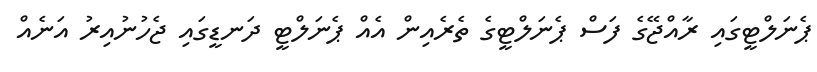
ޕެނަލްޓީގައި ރާއްޖޭގެ ފަސް ޕެނަލްޓީގެ ތެރެއިން އެއް ޕެނަލްޓީ ދަނޑީގައި ޖެހުނުއިރު އަނެއް